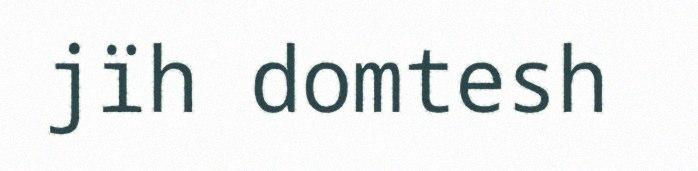
jïh domtesh